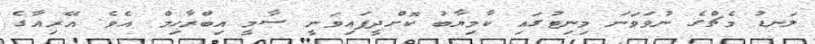
ލަނޑު މެޗްގެ ނުވަވަނަ މިނިޓުގައި ކާމިޔާބު ކޮށްދީފައިވަނީ ސާމީ އިބްރާހިމް އެވެ. އޭރިއާގެ